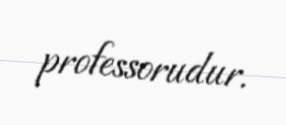
professorudur.